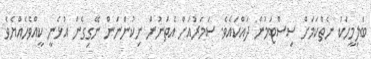
ބަލިމީހަކު ނެތްކަމަށް ސިސްޓަމުން ދައްކައެވެ. ސަމަރުއަށް އެތަނުން ނިކުންނަން ނޭގިގެން އުޅެނީ ކީއްވެހެއްޔެވެ